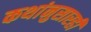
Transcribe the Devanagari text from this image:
कथांनुसारही